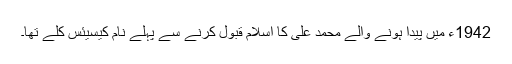
1942ء میں پیدا ہونے والے محمد علی کا اسلام قبول کرنے سے پہلے نام کیسیئس کلے تھا۔